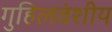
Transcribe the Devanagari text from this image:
गुहिलवंशीय